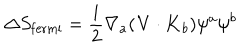
LaTeX: \Delta S _ { \mathrm { f e r m i } } = \frac { i } { 2 } \nabla _ { a } ( { \bf V } \cdot { \bf K } _ { b } ) \psi ^ { a } \psi ^ { b }